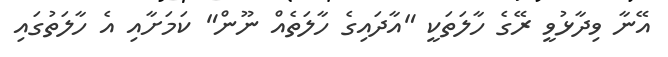
އޭނާ ވިދާޅުވީ ރޭގެ ހާލަތަކީ "އާދައިގެ ހާލަތެއް ނޫން" ކަމަށާއި އެ ހާލަތުގައި